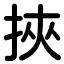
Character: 挾